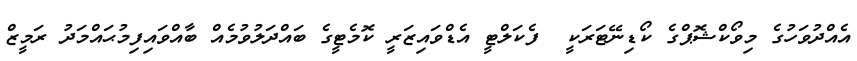
އެއްދުވަހުގެ މިވޯކްޝޮޕްގެ ކޯޑިނޭޓަރަކީ  ފެކަލްޓީ އެޑްވައިޒަރީ ކޮމެޓީގެ ބައްދަލުވުމެއް ބާއްވައިފިމުޙައްމަދު ރަމީޒް